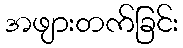
အဖျားတက်ခြင်း